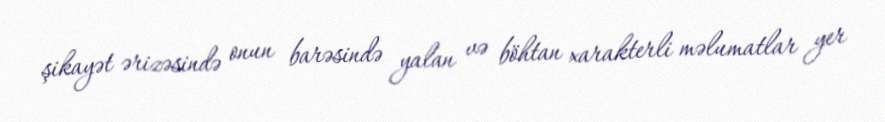
şikayət ərizəsində onun barəsində yalan və böhtan xarakterli məlumatlar yer